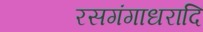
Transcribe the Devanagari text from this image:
रसगंगाधरादि